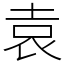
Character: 袁